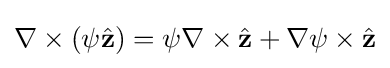
\nabla \times \left(\psi {\hat {\mathbf {z} }}\right)=\psi \nabla \times {\hat {\mathbf {z} }}+\nabla \psi \times {\hat {\mathbf {z} }}